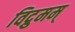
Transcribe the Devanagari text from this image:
विद्रुमम्